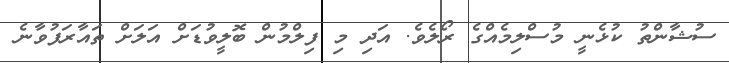
ސުޝާންތު ކުޅެނީ މުސްލިމެއްގެ ރޯލެވެ. އަދި މި ފިލްމުން ބޮލީވުޑަށް އަލަށް ތައާރަފުވާނެ